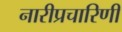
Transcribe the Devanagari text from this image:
नारीप्रचारिणी